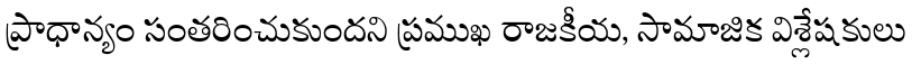
ప్రాధాన్యం సంతరించుకుందని ప్రముఖ రాజకీయ, సామాజిక విశ్లేషకులు